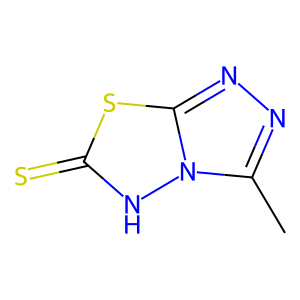
SMILES: Cc1nnc2sc(=S)[nH]n12
Inhibits HIV replication: No